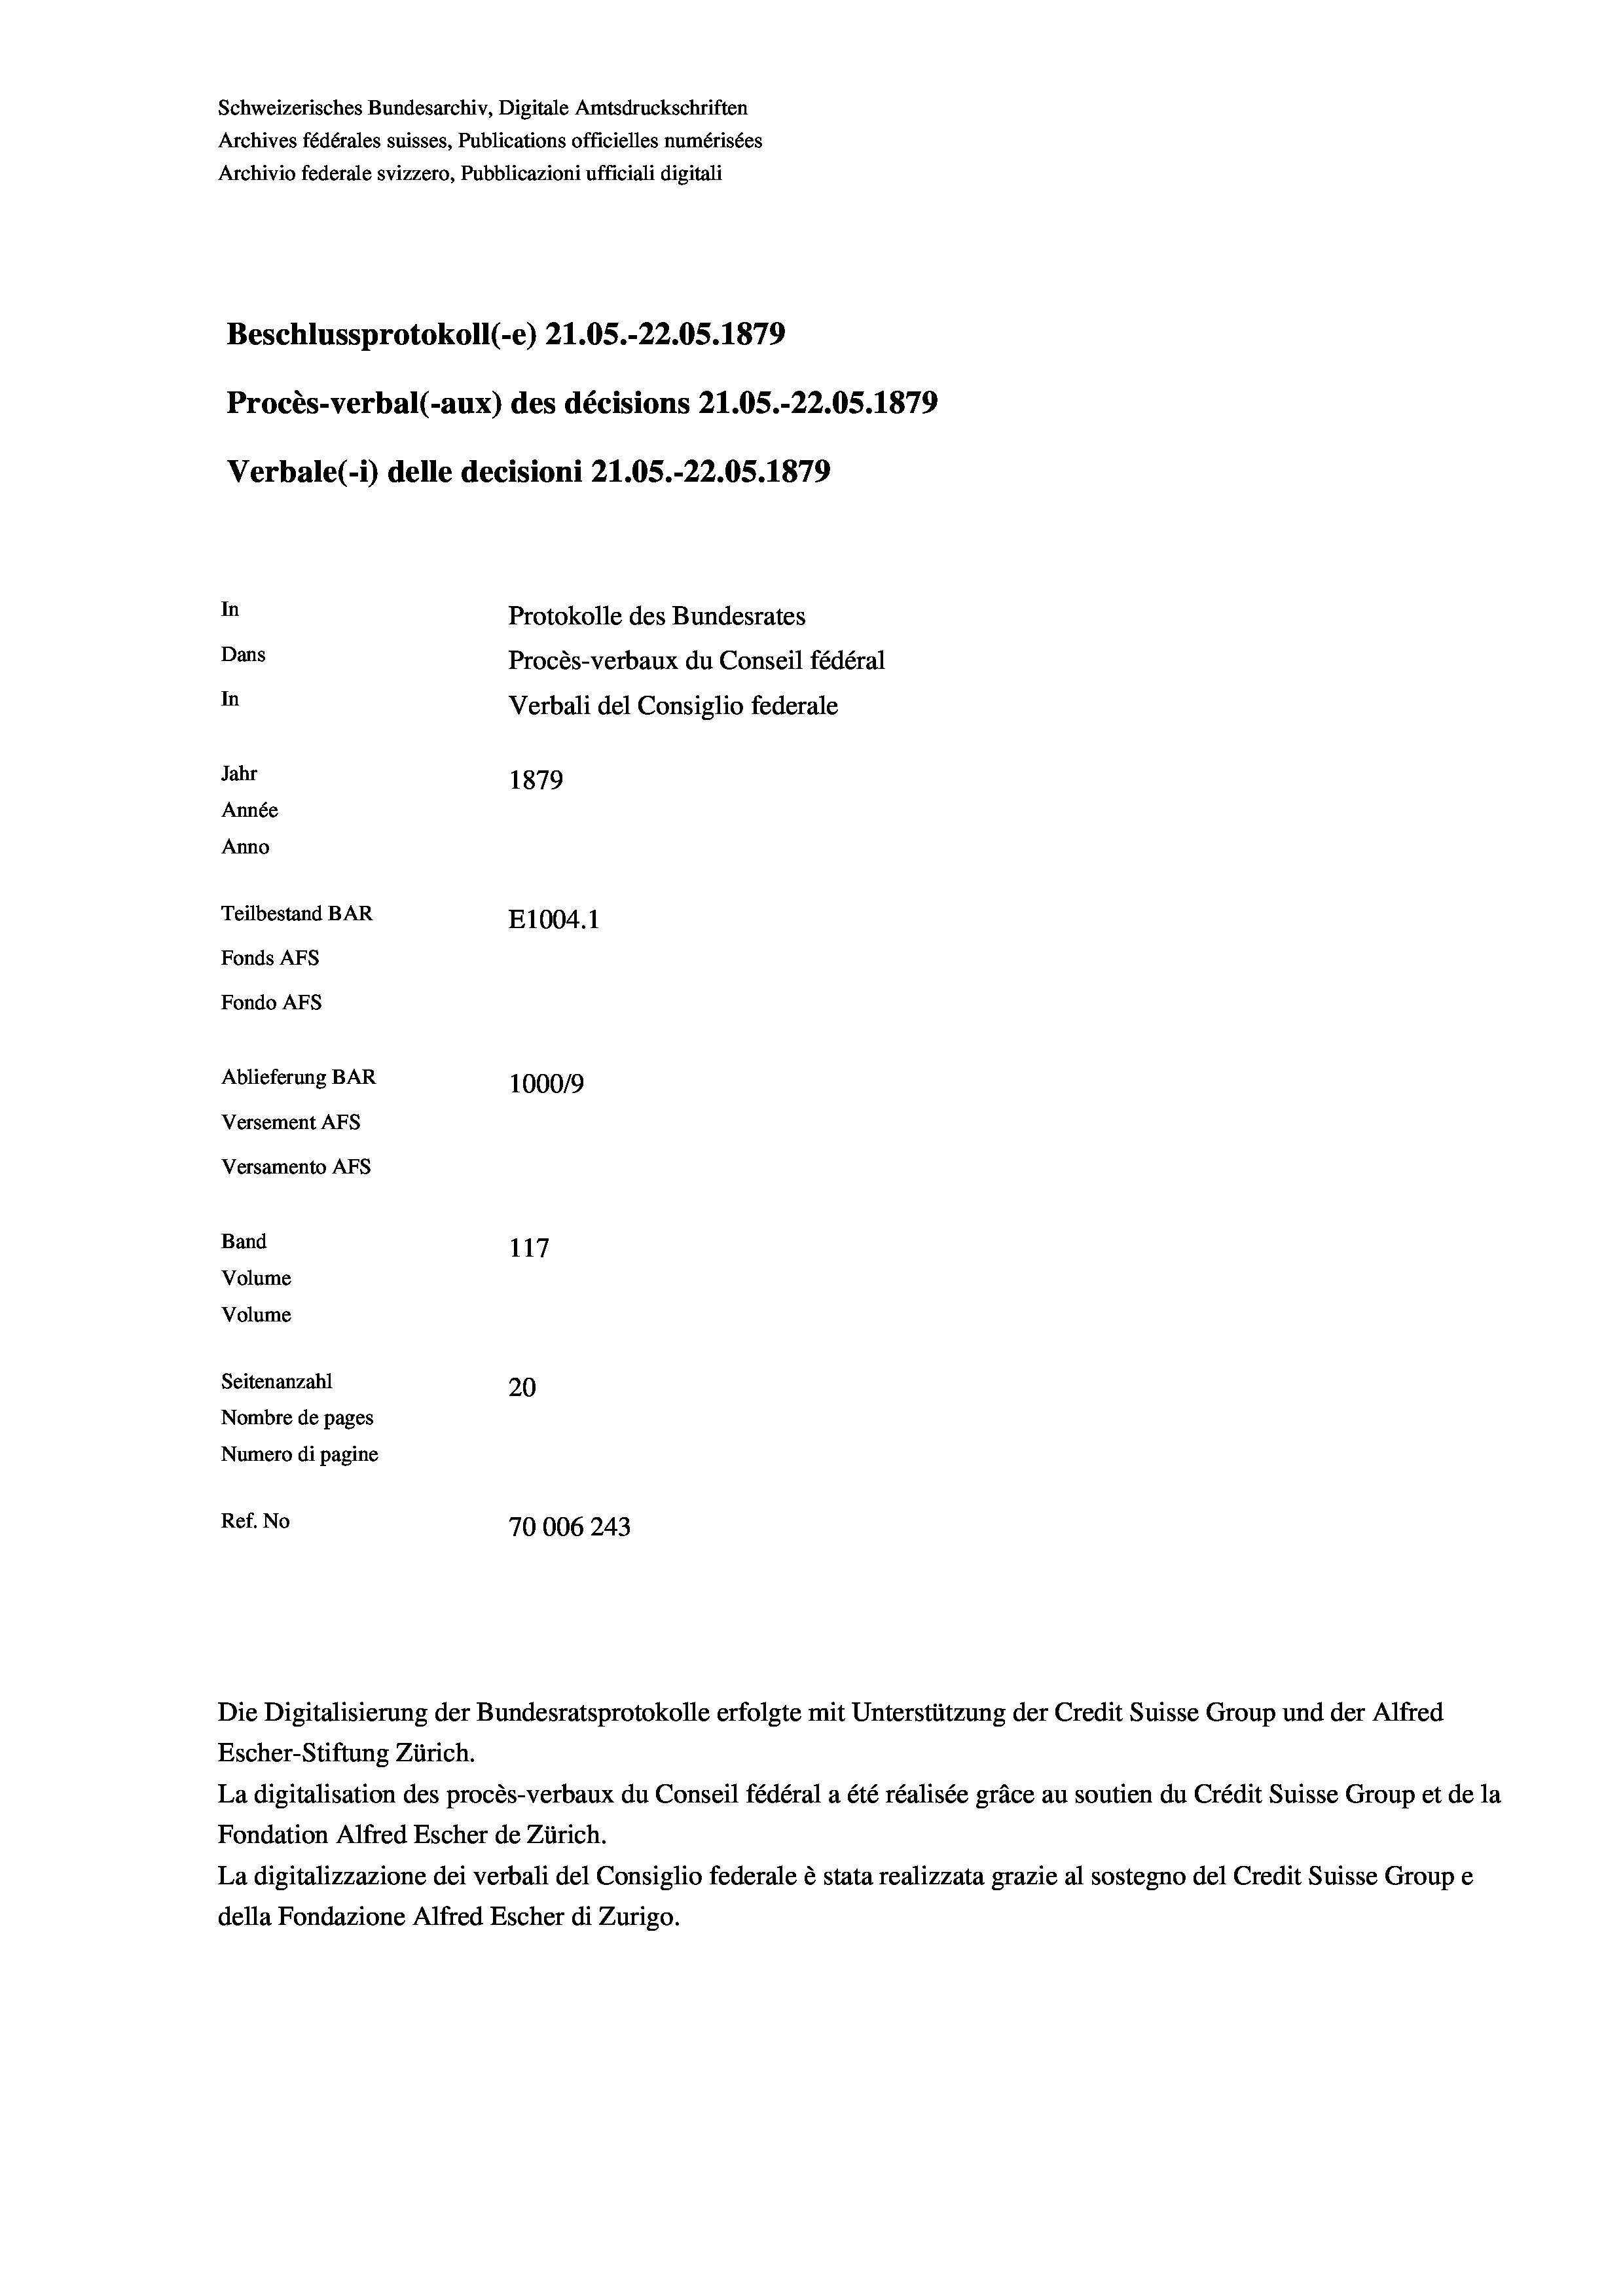
Schweizerisches Bundesarchiv, Digitale Amtsdruckschriften
Archives fédérales suisses, Publications officielles numérisées
Archivio federale svizzero, Pubblicazioni ufficiali digitali
Beschlussprotokoll (-e) 21.05.-22.05. 1879
Procès-verbal (-aux) des décisions 21.05.-22.05. 1879
Verbale (i) delle decisioni 21.05.-22.05. 1879
In
Protokolle des Bundesrates
Dans
Procès-verbaux du Conseil fédéral
In
Verbali del Consiglio federale
Jahr
1879
Année
Anno
Teilbestand BAR
E1004.1
Fonds AFs
Fondo AFS
Ablieferung BAR
100019
Versement AFs
Versamento Afs

117
Seitenanzahl
20
Nombre de pages
Numero di pagine
Ref. No
70006243

Band
Volume

Volume

Escher-Stiftung Zürich.
La digitalisation des procès-verbaux du Conseil fédéral a été réalisée gräce au soutien du Crédit Suisse Group et de la
Fondation Alfred Escher de Zürich.
La digitalizzazione dei verbali del Consiglio federale è stata realizzata grazie al sostegno del Credit Suisse Groupe
della Fondazione Alfred Escher di Zurigo.

Die Digitalisierung der Bundesratsprotokolle erfolgte mit Unterstützung der Credit Suisse Group und der Alfred